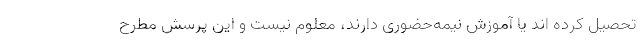
تحصیل کرده اند یا آموزش نیمه‌حضوری دارند، معلوم نیست و این پرسش مطرح